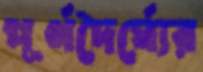
পূর্ণদৈর্ঘ্যের